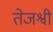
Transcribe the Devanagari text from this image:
तेजश्वी